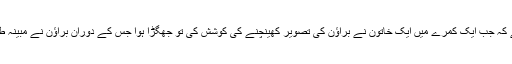
پولیس کی جانب سے جاری ہونے والے بیان میں کہا گیا ہے کہ جب ایک کمرے میں ایک خاتون نے براؤن کی تصویر کھینچنے کی کوشش کی تو جھگڑا ہوا جس کے دوران براؤن نے مبینہ طور پر خاتون کو مارا اور اس کا فون بھی اپنے پاس رکھ لیا۔